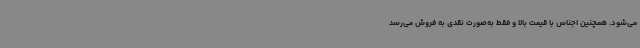
می‌شود. همچنین اجناس با قیمت بالا و فقط به‌صورت نقدی به فروش می‌رسد